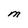
Character: M